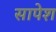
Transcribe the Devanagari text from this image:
सापेश